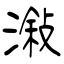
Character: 潊